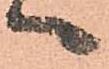
へ